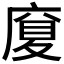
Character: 𪪜